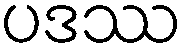
ပဒဿ